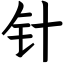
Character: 针